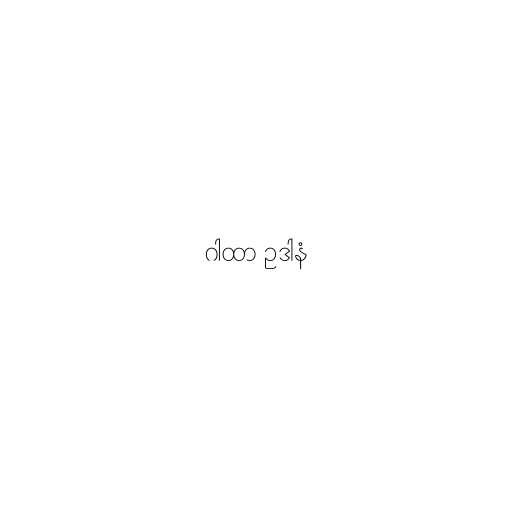
ဂါထာ ဥဒါနံ